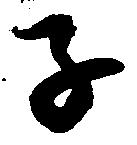
子